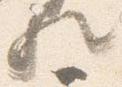
歟